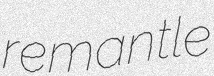
remantle